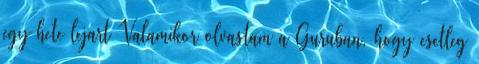
egy hete lejart Valamikor olvastam a Guruban, hogy esetleg